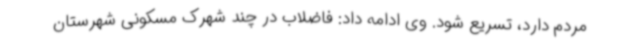
مردم دارد، تسریع شود. وی ادامه داد: فاضلاب در چند شهرک مسکونی شهرستان